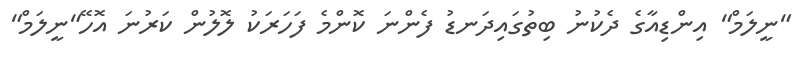
"ނީލަމް" އިންޑިއާގެ ދެކުނު ބިތުގައިދަނޑު ފެންނަ ކޮންމެ ފަހަރަކު ލޮލުން ކަރުނަ އޮހޭ"ނީލަމް"